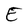
Character: E